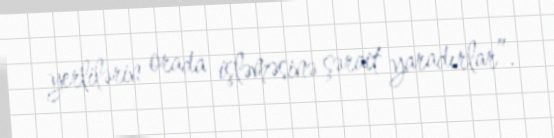
yerlilərin orada işləməsinə şərait yaradırlar”.